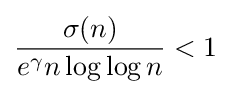
{\frac {\sigma (n)}{e^{\gamma }n\log \log n}}<1